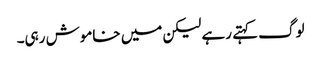
لوگ کہتے رہے لیکن میں خاموش رہی۔